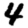
Digit: 4